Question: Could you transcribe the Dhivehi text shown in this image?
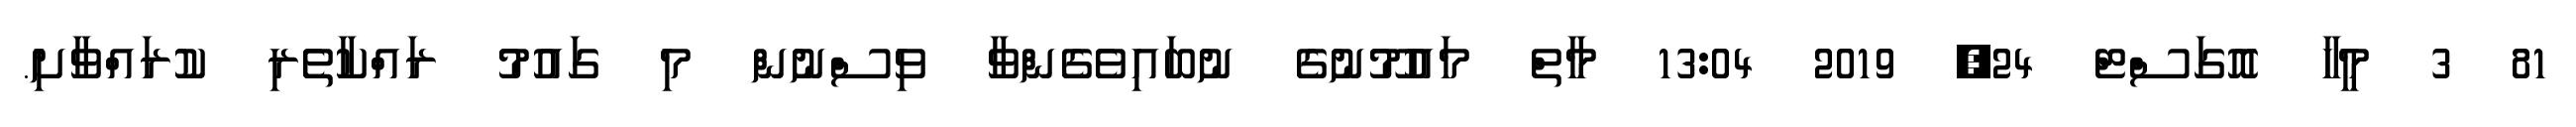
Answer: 81 3 މީހާ އޮގަސްޓް 24, 2019 13:04 މާތް މައުމޫނުގެ ނުބައިވެގެންވާ ވިސްނުން މި ގައުމު ރައްކާތެރި ކުރައްވާށި.